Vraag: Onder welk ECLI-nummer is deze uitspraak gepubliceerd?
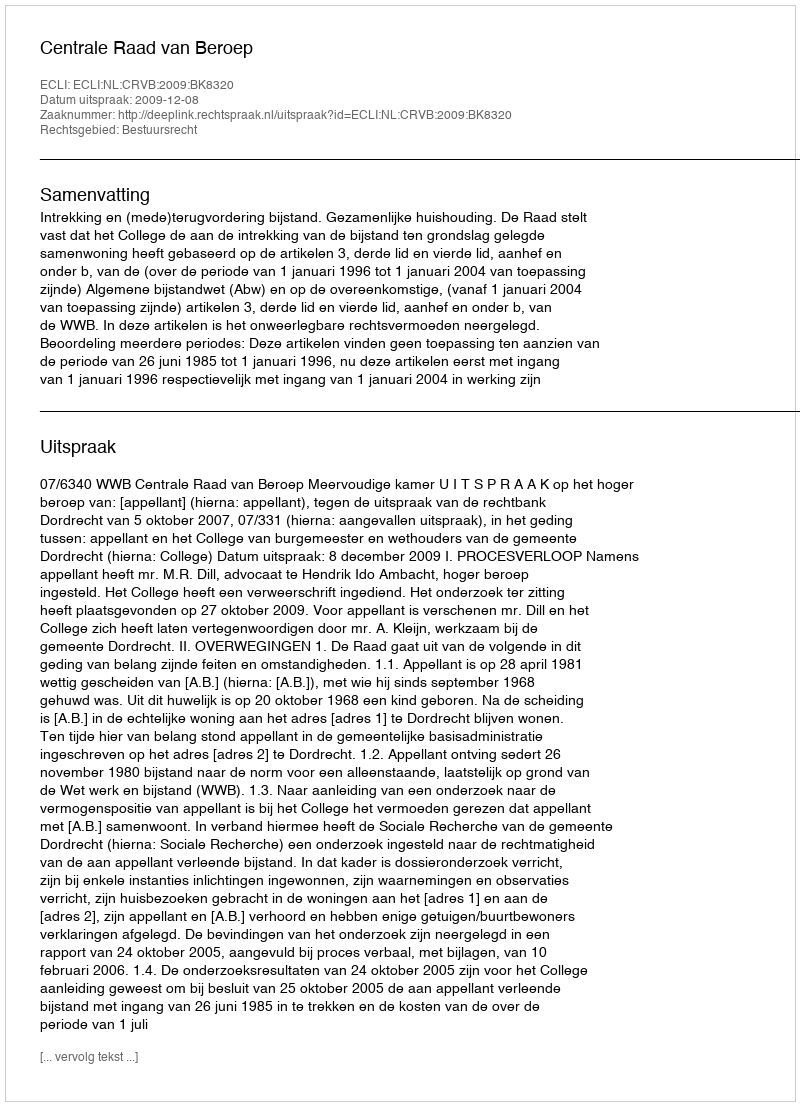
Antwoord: ECLI:NL:CRVB:2009:BK8320